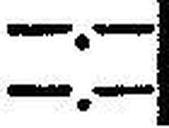
—.—